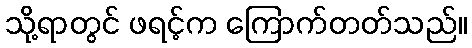
သို့ရာတွင် ဖရင့်က ကြောက်တတ်သည်။